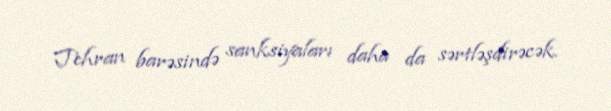
Tehran barəsində sanksiyaları daha da sərtləşdirəcək.